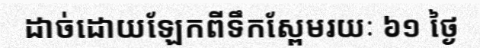
ដាច់ដោយឡែកពីទឹកស្ពែមរយៈ ៦១ ថ្ងៃ